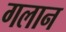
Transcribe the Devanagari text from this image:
गलान